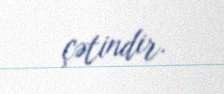
çətindir.